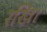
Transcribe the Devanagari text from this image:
रखि।